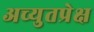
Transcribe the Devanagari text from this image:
अच्युतप्रेक्ष